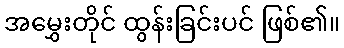
အမွှေးတိုင် ထွန်းခြင်းပင် ဖြစ်၏။